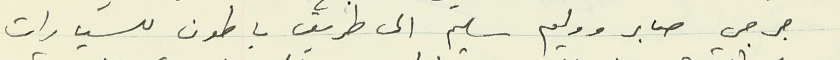
جرجي صابر ووليم سليم الى طريق باطون للسيارات